Leaving Certificate Examination, 1925
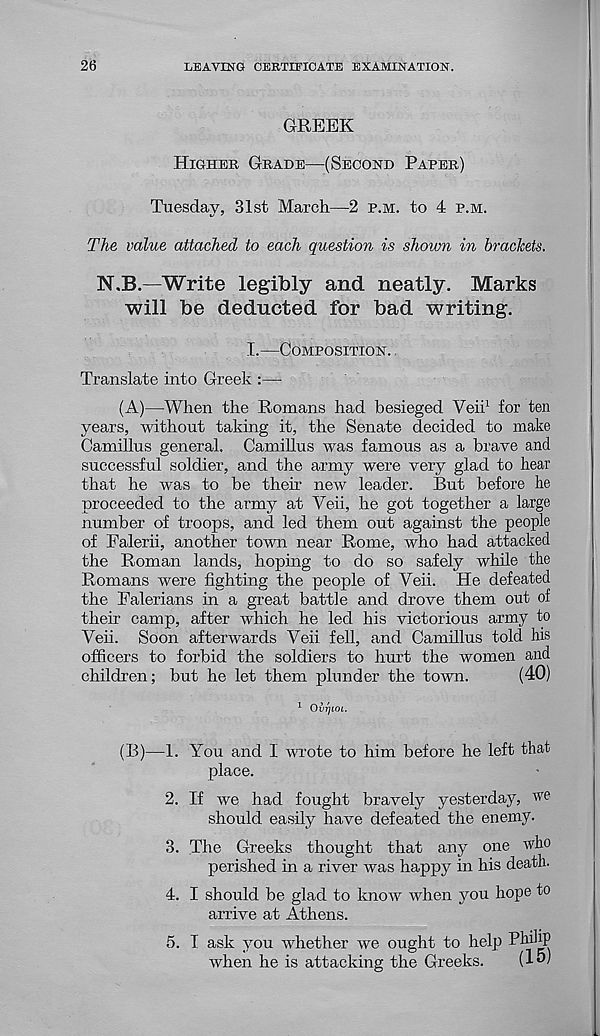
26
LEAVING CERTIFICATE EXAMINATION.
GREEK
HIGHER GRADE—(SECOND PARER)
Tuesday, 31st March—2 P.M. to 4 P.M.
The value attached to each question is shown in brackets.
N.B.—Write legibly and neatly. Marks
will be deducted for bad writing.
I.—COMPOSITION.
Translate into Greek :—
(A)
—When the Roman
years, without taking it, the Senate decided to make
Camillus general. Camillus was famous as a brave and
successful soldier, and the army were very glad to hear
that he was to be them new leader. But before he
proceeded to the army at Veii, he got together a large
number of troops, and led them out against the people
of Falerii, another town near Rome, who had attacked
the Roman lands, hoping to do so safely while the
Romans were fighting the people of Veii. He defeated
the Palerians in a great battle and drove them out of
their camp, after which he led his victorious army to
Veii. Soon afterwards Veil fell, and Camillus told his
officers to forbid the soldiers to hurt the women and
children; but he let them plunder the town.
(40)
1 Ovi]LOL.
(B)
—1. You and I wro
place.
2. If we had fought bravely yesterday, we
should easily have defeated the enemy.
3. The Greeks thought that any one who
perished in a river was happy in his death.
4. I should be glad to know when you hope to
arrive at Athens.
5. T ask you whether we ought to help Philip
when he is attacking the Greeks.
(lW